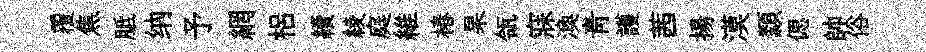
覆焦胝纳予網梠續綾庭維椿杲瓴寐渙靑護茜揚漠纇偲帥俗